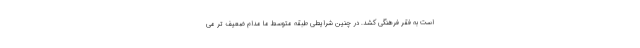
است به فقر فرهنگی کشد. در چنین شرایطی طبقه متوسط ما مدام ضعیف تر می